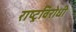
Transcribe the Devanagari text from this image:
राष्‍ट्रविरोधी